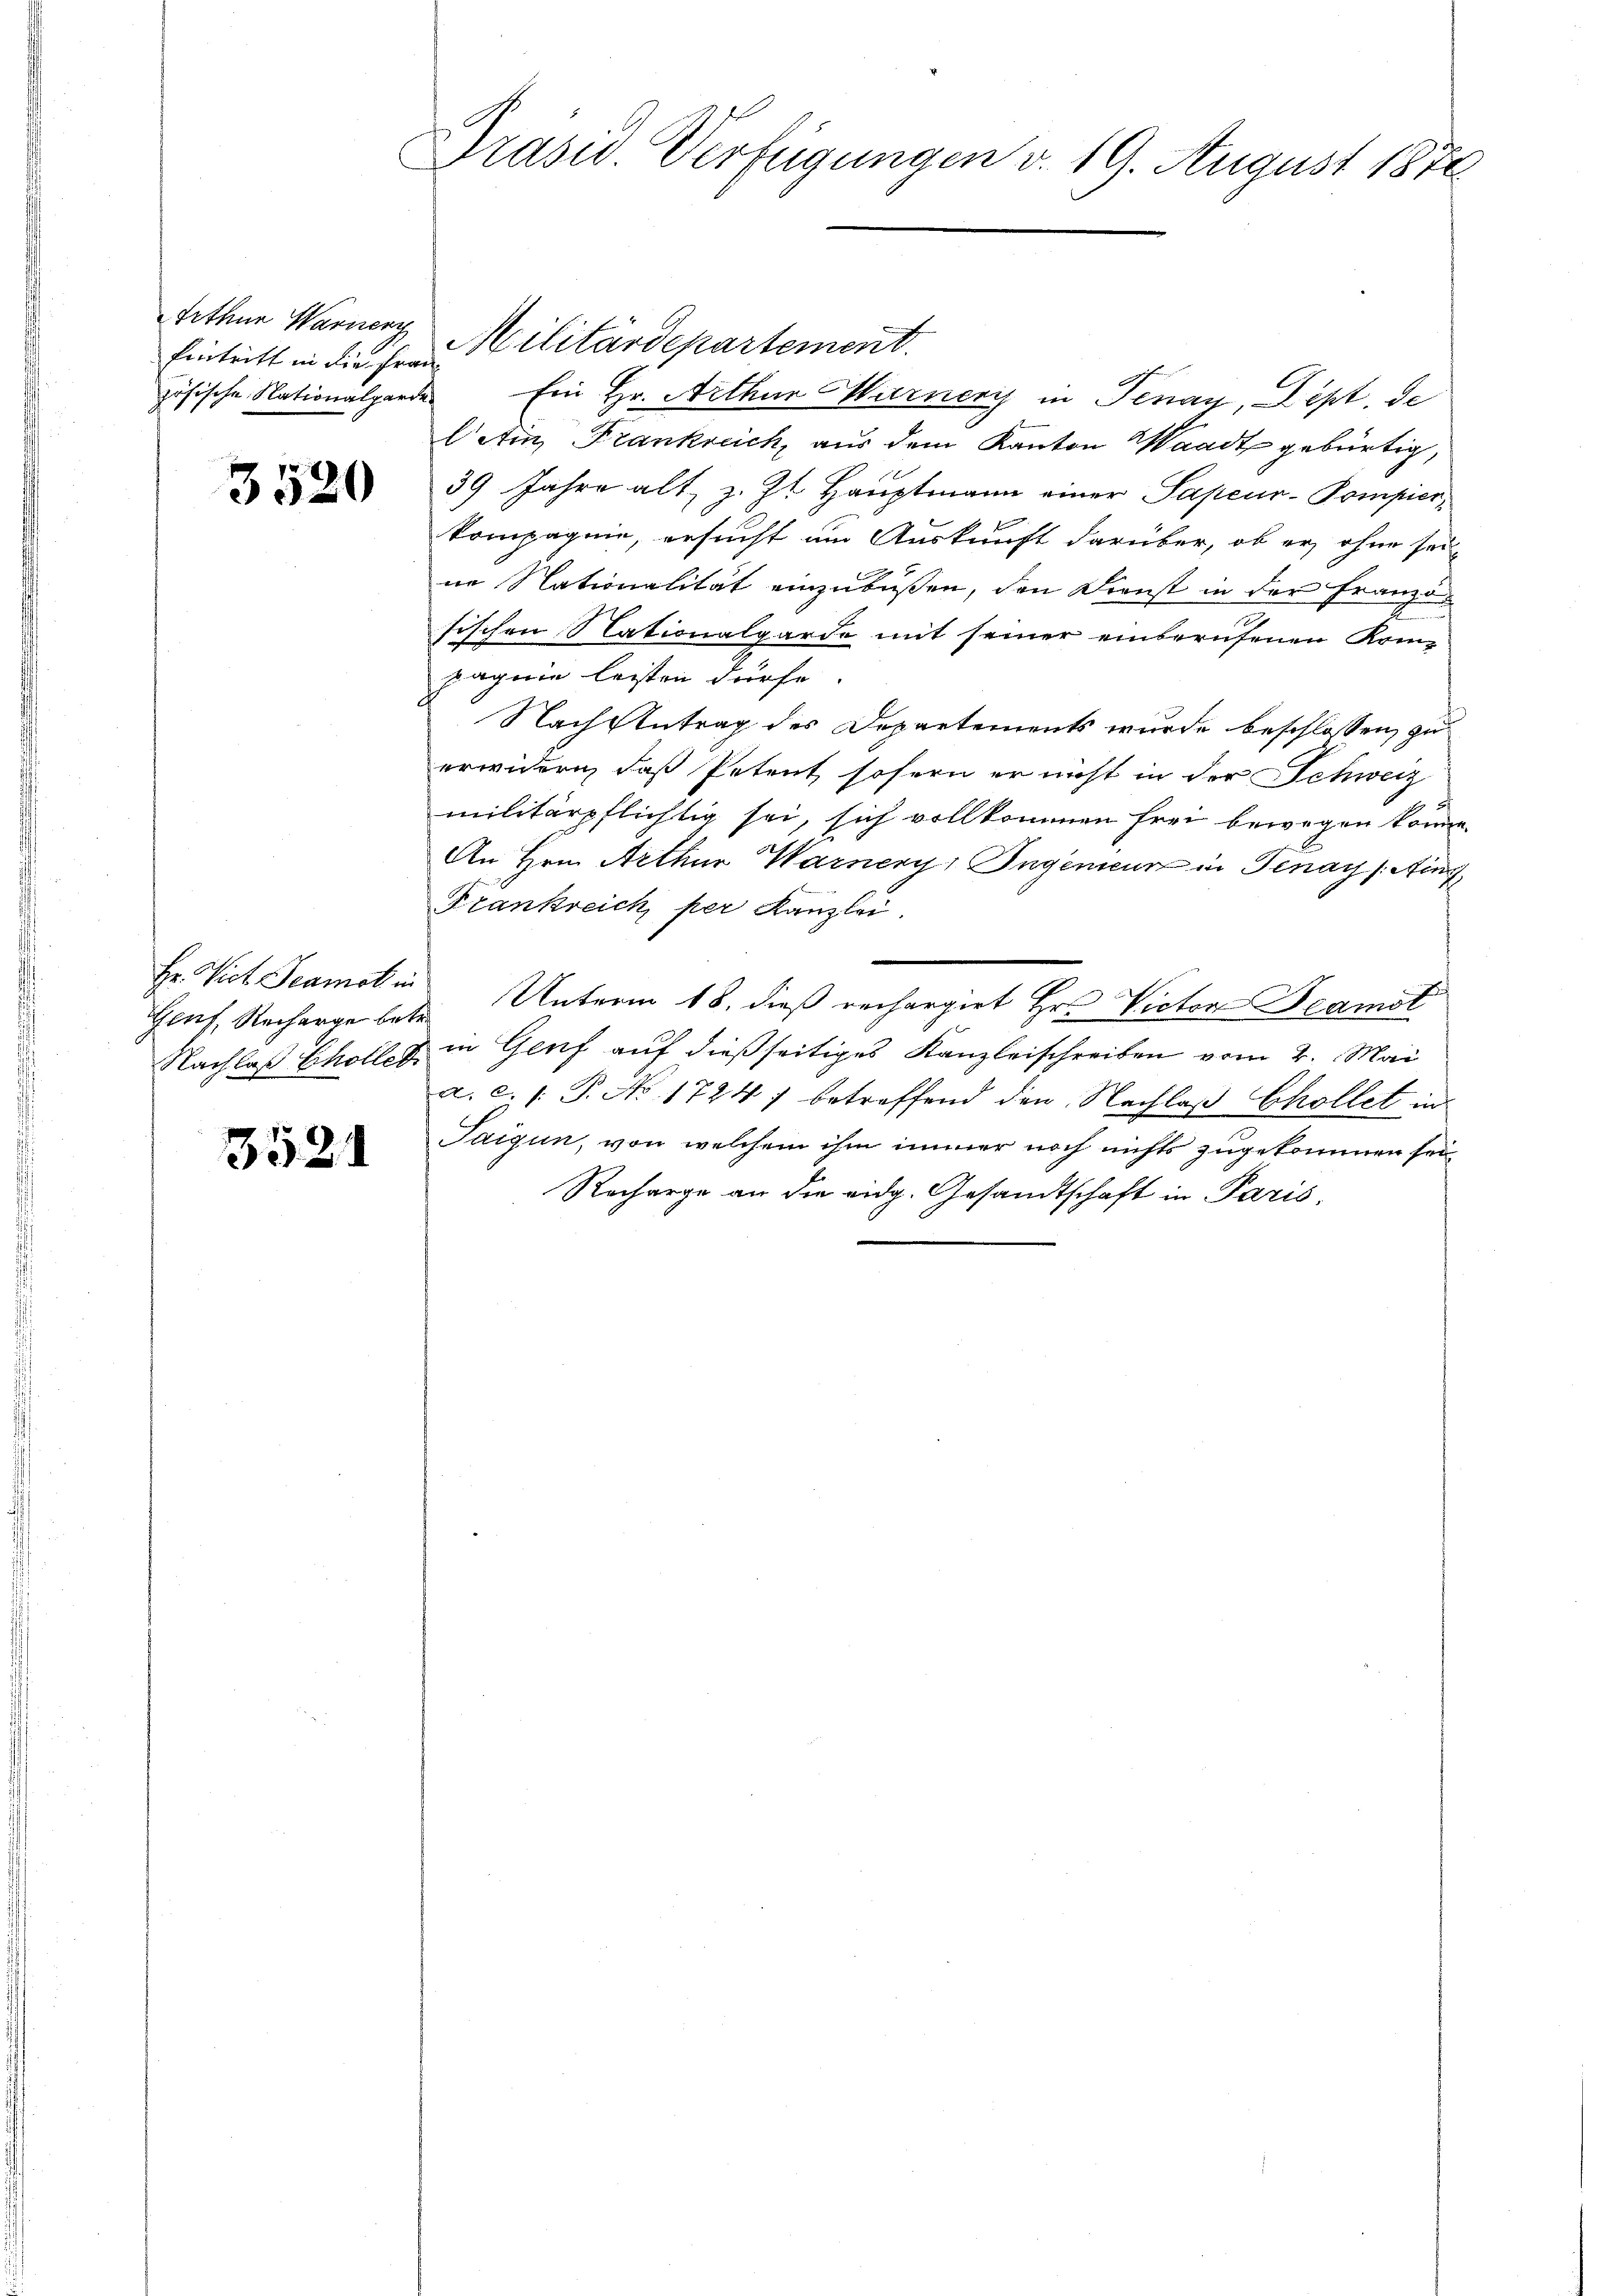
Irthur Warnern
Eintritt in die Frau
zösische Nationalgarde

3520

Hr. Vict Seamot in

352

Präsid. Verfügungen d. 19. August 1870

Ein Hr. Arthur Hurneris in Tenay, Dept. de
Cetin Frankreich, aus dem Kanton Waadt gebürtig,
39 Jahre alt, z. Zt. Hauptmann einer Sapeur-Pompierkompagnie, ersucht um Auskunft darüber, ob er ohne sei
ne Nationalität einzubüßen, den Dienst in der Franzo
sischen Nationalgarde mit seiner einberufenen Kom-
pagnie leisten dürfe.
Nach Antrag des Departements wurde beschlossen, zu
erwidern, daß Petent, sofern er nicht in der Schweiz
militärpflichtig sei, sich vollkommen frei bewegen könne.
An Hrn. Arthur Warnery, Ingenieur in Penay (in
Frankreich, per Kanzlei.
Genf, Recharge betr. Unterm 18. dieß rechargirt Hr. Victor Beamt
Nachlaß Schollen in Genf auf dießseitiges Kanzleischreiben vom 2. Mai
a. c. /: P. No 1724; betreffend den Nachlaß Chollet in
Taigun, von welchem ihm immer noch nichts zugekommen sei,
Recharge an die eidg. Gesandtschaft in Paris.

Militärdepartement.